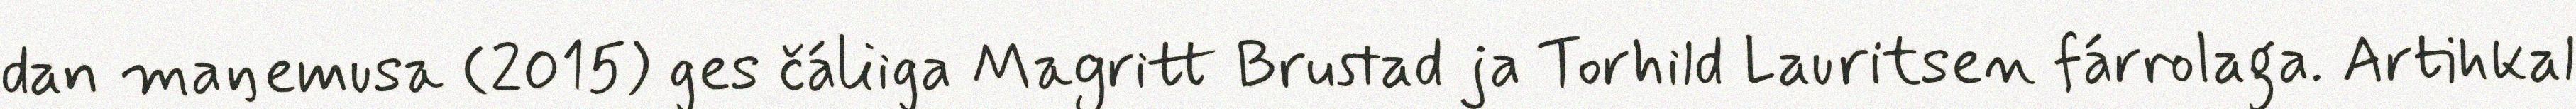
dan maŋemusa (2015) ges čáliiga Magritt Brustad ja Torhild Lauritsen fárrolaga. Artihkal